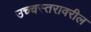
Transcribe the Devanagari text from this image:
उच्चस्तरावरील